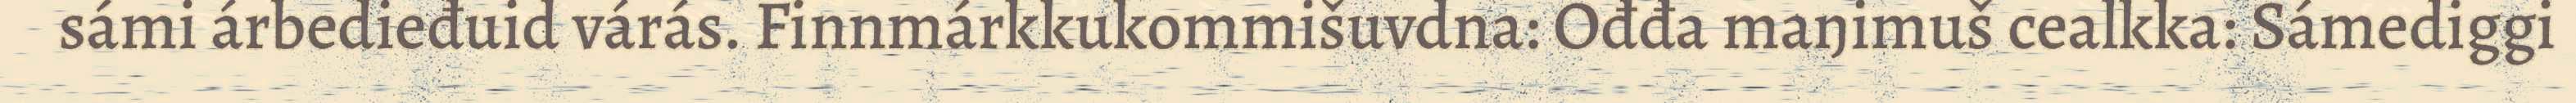
sámi árbedieđuid várás. Finnmárkkukommišuvdna: Ođđa maŋimuš cealkka: Sámediggi